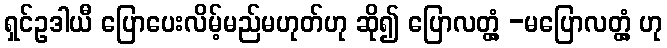
ရှင်ဥဒါယီ ပြောပေးလိမ့်မည်မဟုတ်ဟု ဆို၍ ပြောလတ္တံ့ -မပြောလတ္တံ့ ဟု